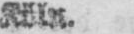
Köln.